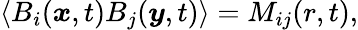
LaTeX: \left\langle B_{i}(\boldsymbol{x},t)B_{j}(\boldsymbol{y},t)\right\rangle=M_{ij}(r,t),